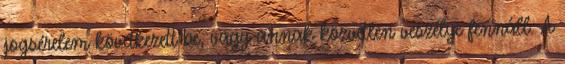
jogsérelem következett be, vagy annak közvetlen veszélye fennáll. A